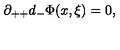
\partial _ { + + } d _ { - } \Phi ( x , \xi ) = 0 ,